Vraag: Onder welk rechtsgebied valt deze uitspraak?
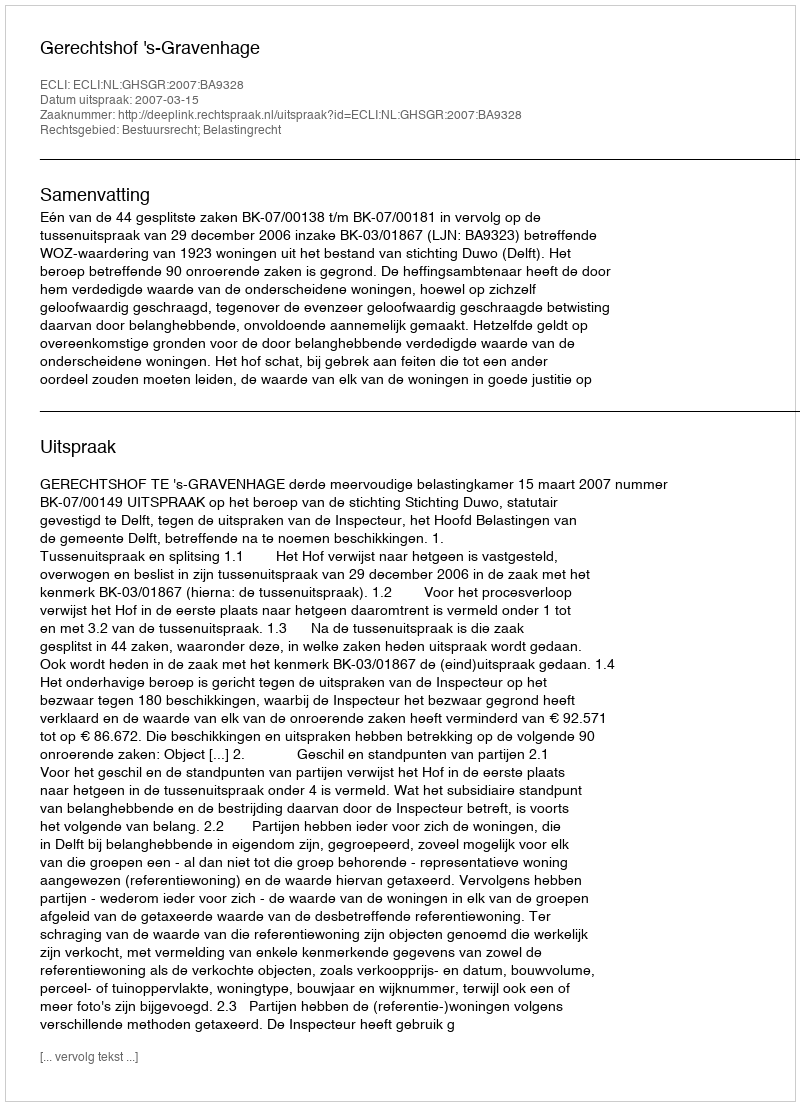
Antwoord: Bestuursrecht; Belastingrecht